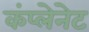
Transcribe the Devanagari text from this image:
कंप्लेनेट